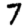
Digit: 7